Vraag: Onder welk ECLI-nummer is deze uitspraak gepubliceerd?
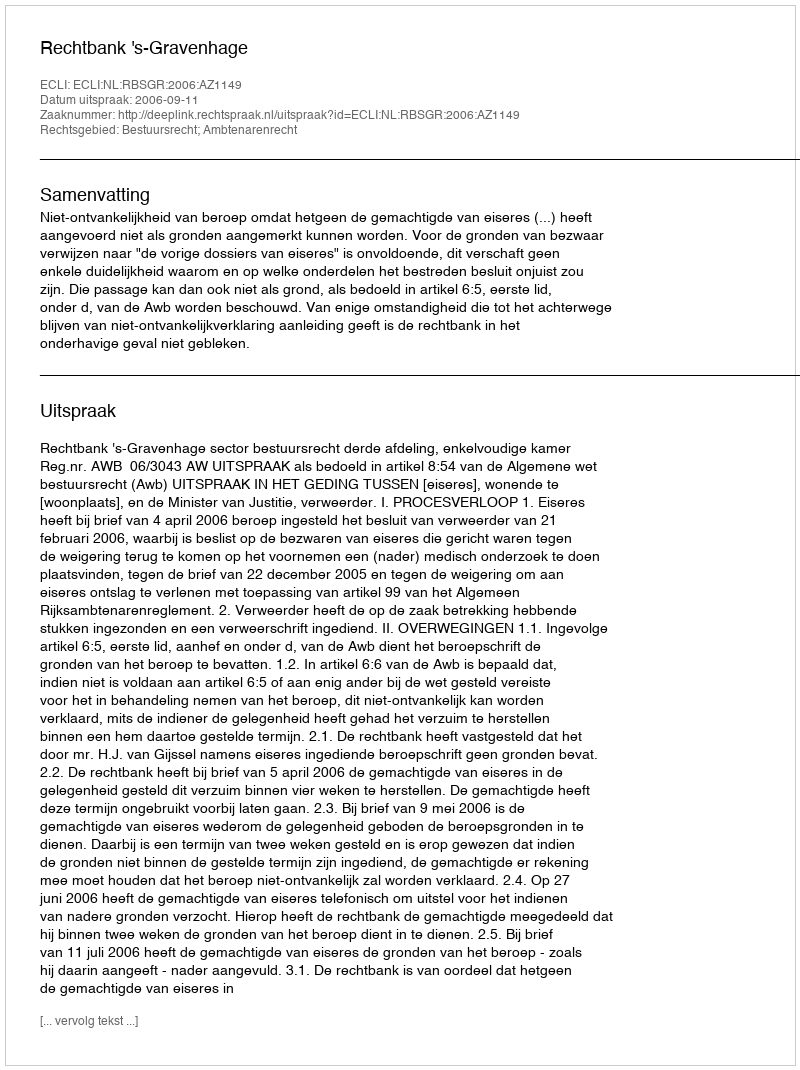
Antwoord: ECLI:NL:RBSGR:2006:AZ1149